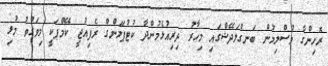
ރޮހިންގާ މުސްލިމުން ބަނގްލަދޭޝްގައި މިހާރު ދިރިއުޅެމުންދާ ކުޓުޕަލަންގް ރެފިއުޖީ ކޭމްޕަކީ މިވަގުތު މުޅި